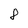
Character: 8